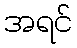
အရင်